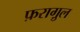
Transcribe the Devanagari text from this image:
फ़रागु़ल